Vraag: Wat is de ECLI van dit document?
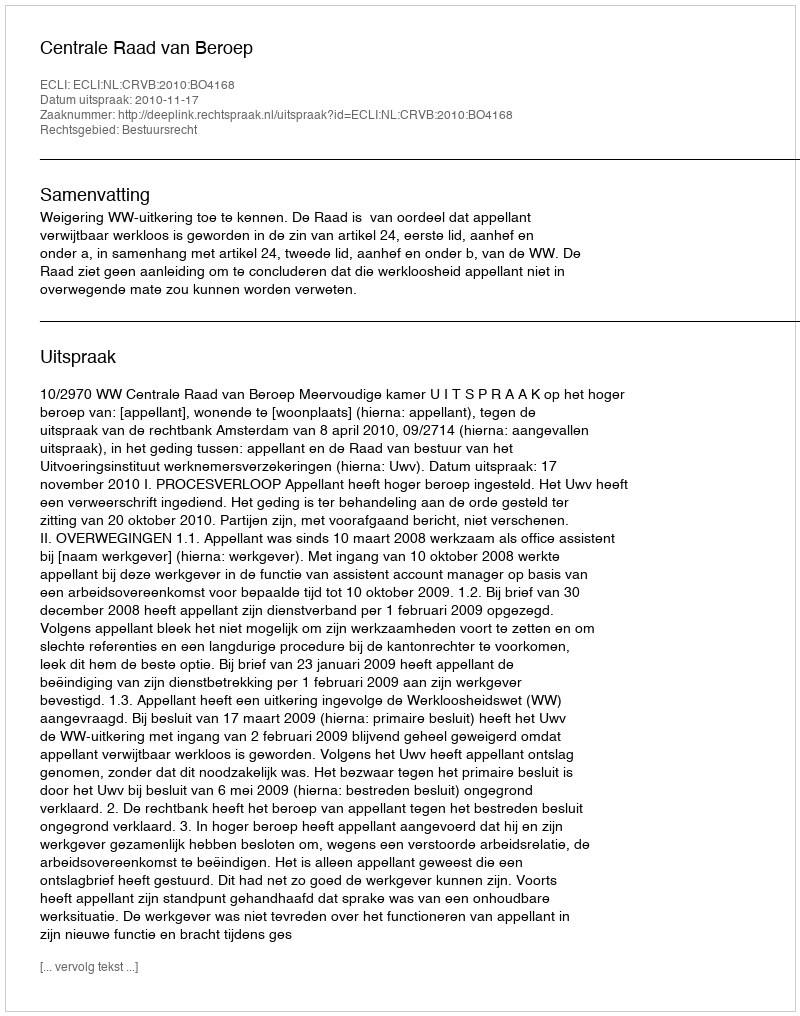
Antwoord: ECLI:NL:CRVB:2010:BO4168